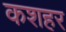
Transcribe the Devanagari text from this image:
कशहर